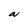
Character: a